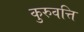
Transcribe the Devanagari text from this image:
कुरुवत्ति